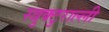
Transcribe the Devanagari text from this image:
स्त्रुक्टुराल्ली